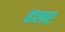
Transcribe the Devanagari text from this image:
हलर